Notes on the propagation and cultivation of the medicinal cinchonas, or Peruvian bark trees
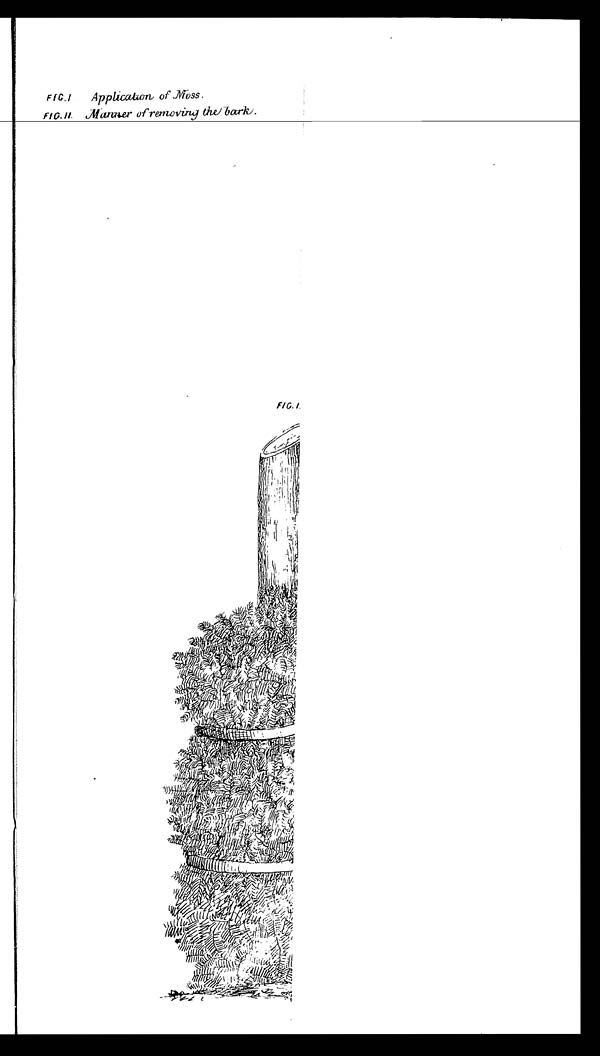
FIG. I Application of Moss
FIG. II Manner of removing the bark.
FIG. I